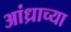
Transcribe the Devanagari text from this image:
आंध्राच्या